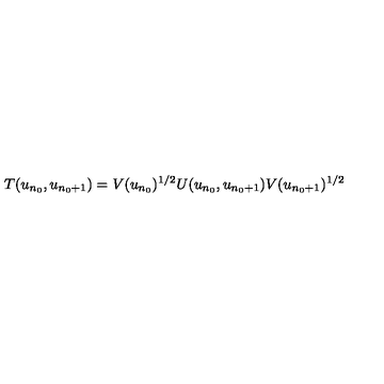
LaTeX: T ( u _ { n _ { 0 } } , u _ { n _ { 0 } + 1 } ) = V ( u _ { n _ { 0 } } ) ^ { 1 / 2 } U ( u _ { n _ { 0 } } , u _ { n _ { 0 } + 1 } ) V ( u _ { n _ { 0 } + 1 } ) ^ { 1 / 2 }